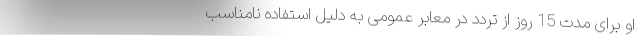
او برای مدت 15 روز از تردد در معابر عمومی به دلیل استفاده نامناسب